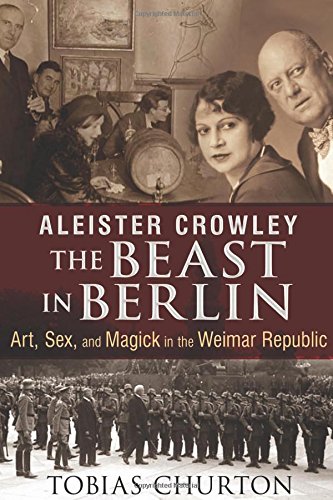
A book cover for Aleister Crowley: The Beast in Berlin: Art, Sex, and Magick in the Weimar Republic; Tobias Churton; Biographies & Memoirs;